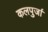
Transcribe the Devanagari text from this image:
कलपुर्जा